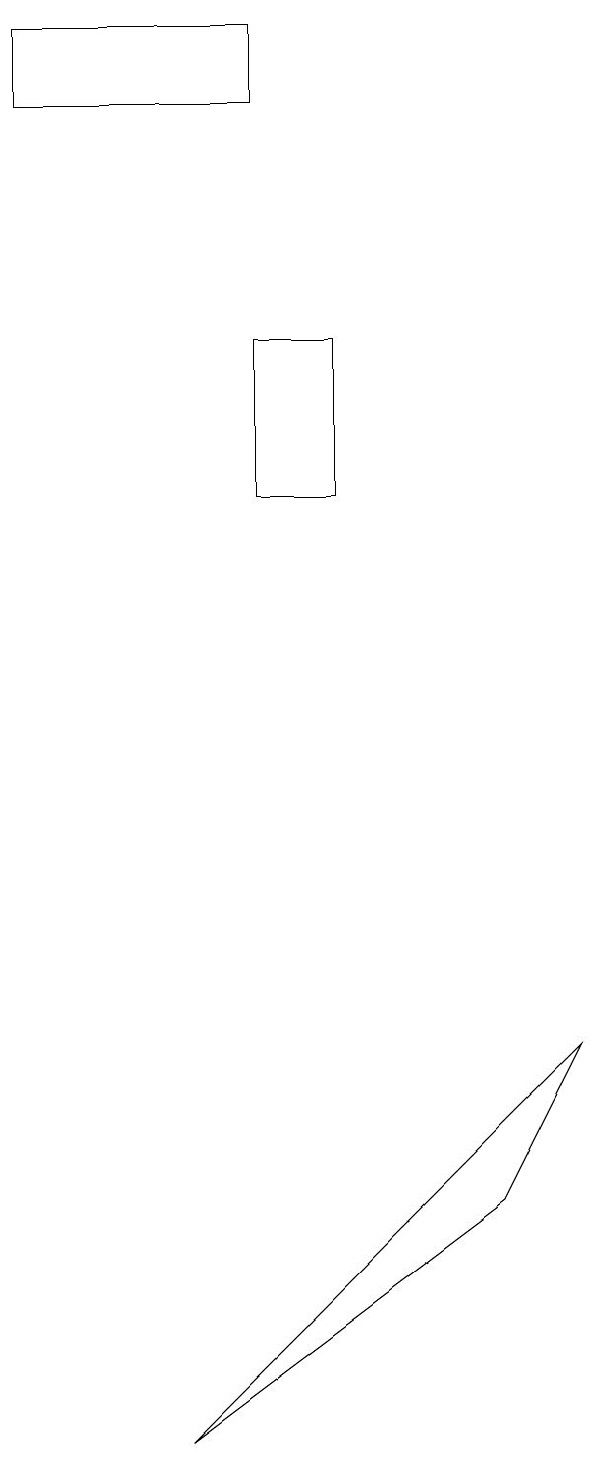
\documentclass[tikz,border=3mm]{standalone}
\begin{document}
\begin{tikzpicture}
\draw (7,6) -- (2,1) -- (6,4) -- cycle;
\draw (3,19) rectangle (0,18);
\draw (4,15) rectangle (3,13);
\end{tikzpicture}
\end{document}